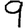
Digit: 9